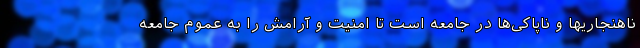
ناهنجاریها و ناپاکی‌ها در جامعه است تا امنیت و آرامش را به عموم جامعه